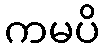
ကမပိ